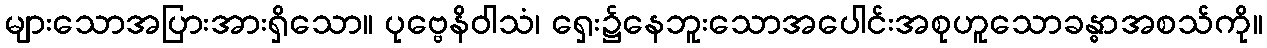
များသောအပြားအားရှိသော။ ပုဗ္ဗေနိဝါသံ၊ ရှေး၌နေဘူးသောအပေါင်းအစုဟူသောခန္ဓာအစသ်ကို။